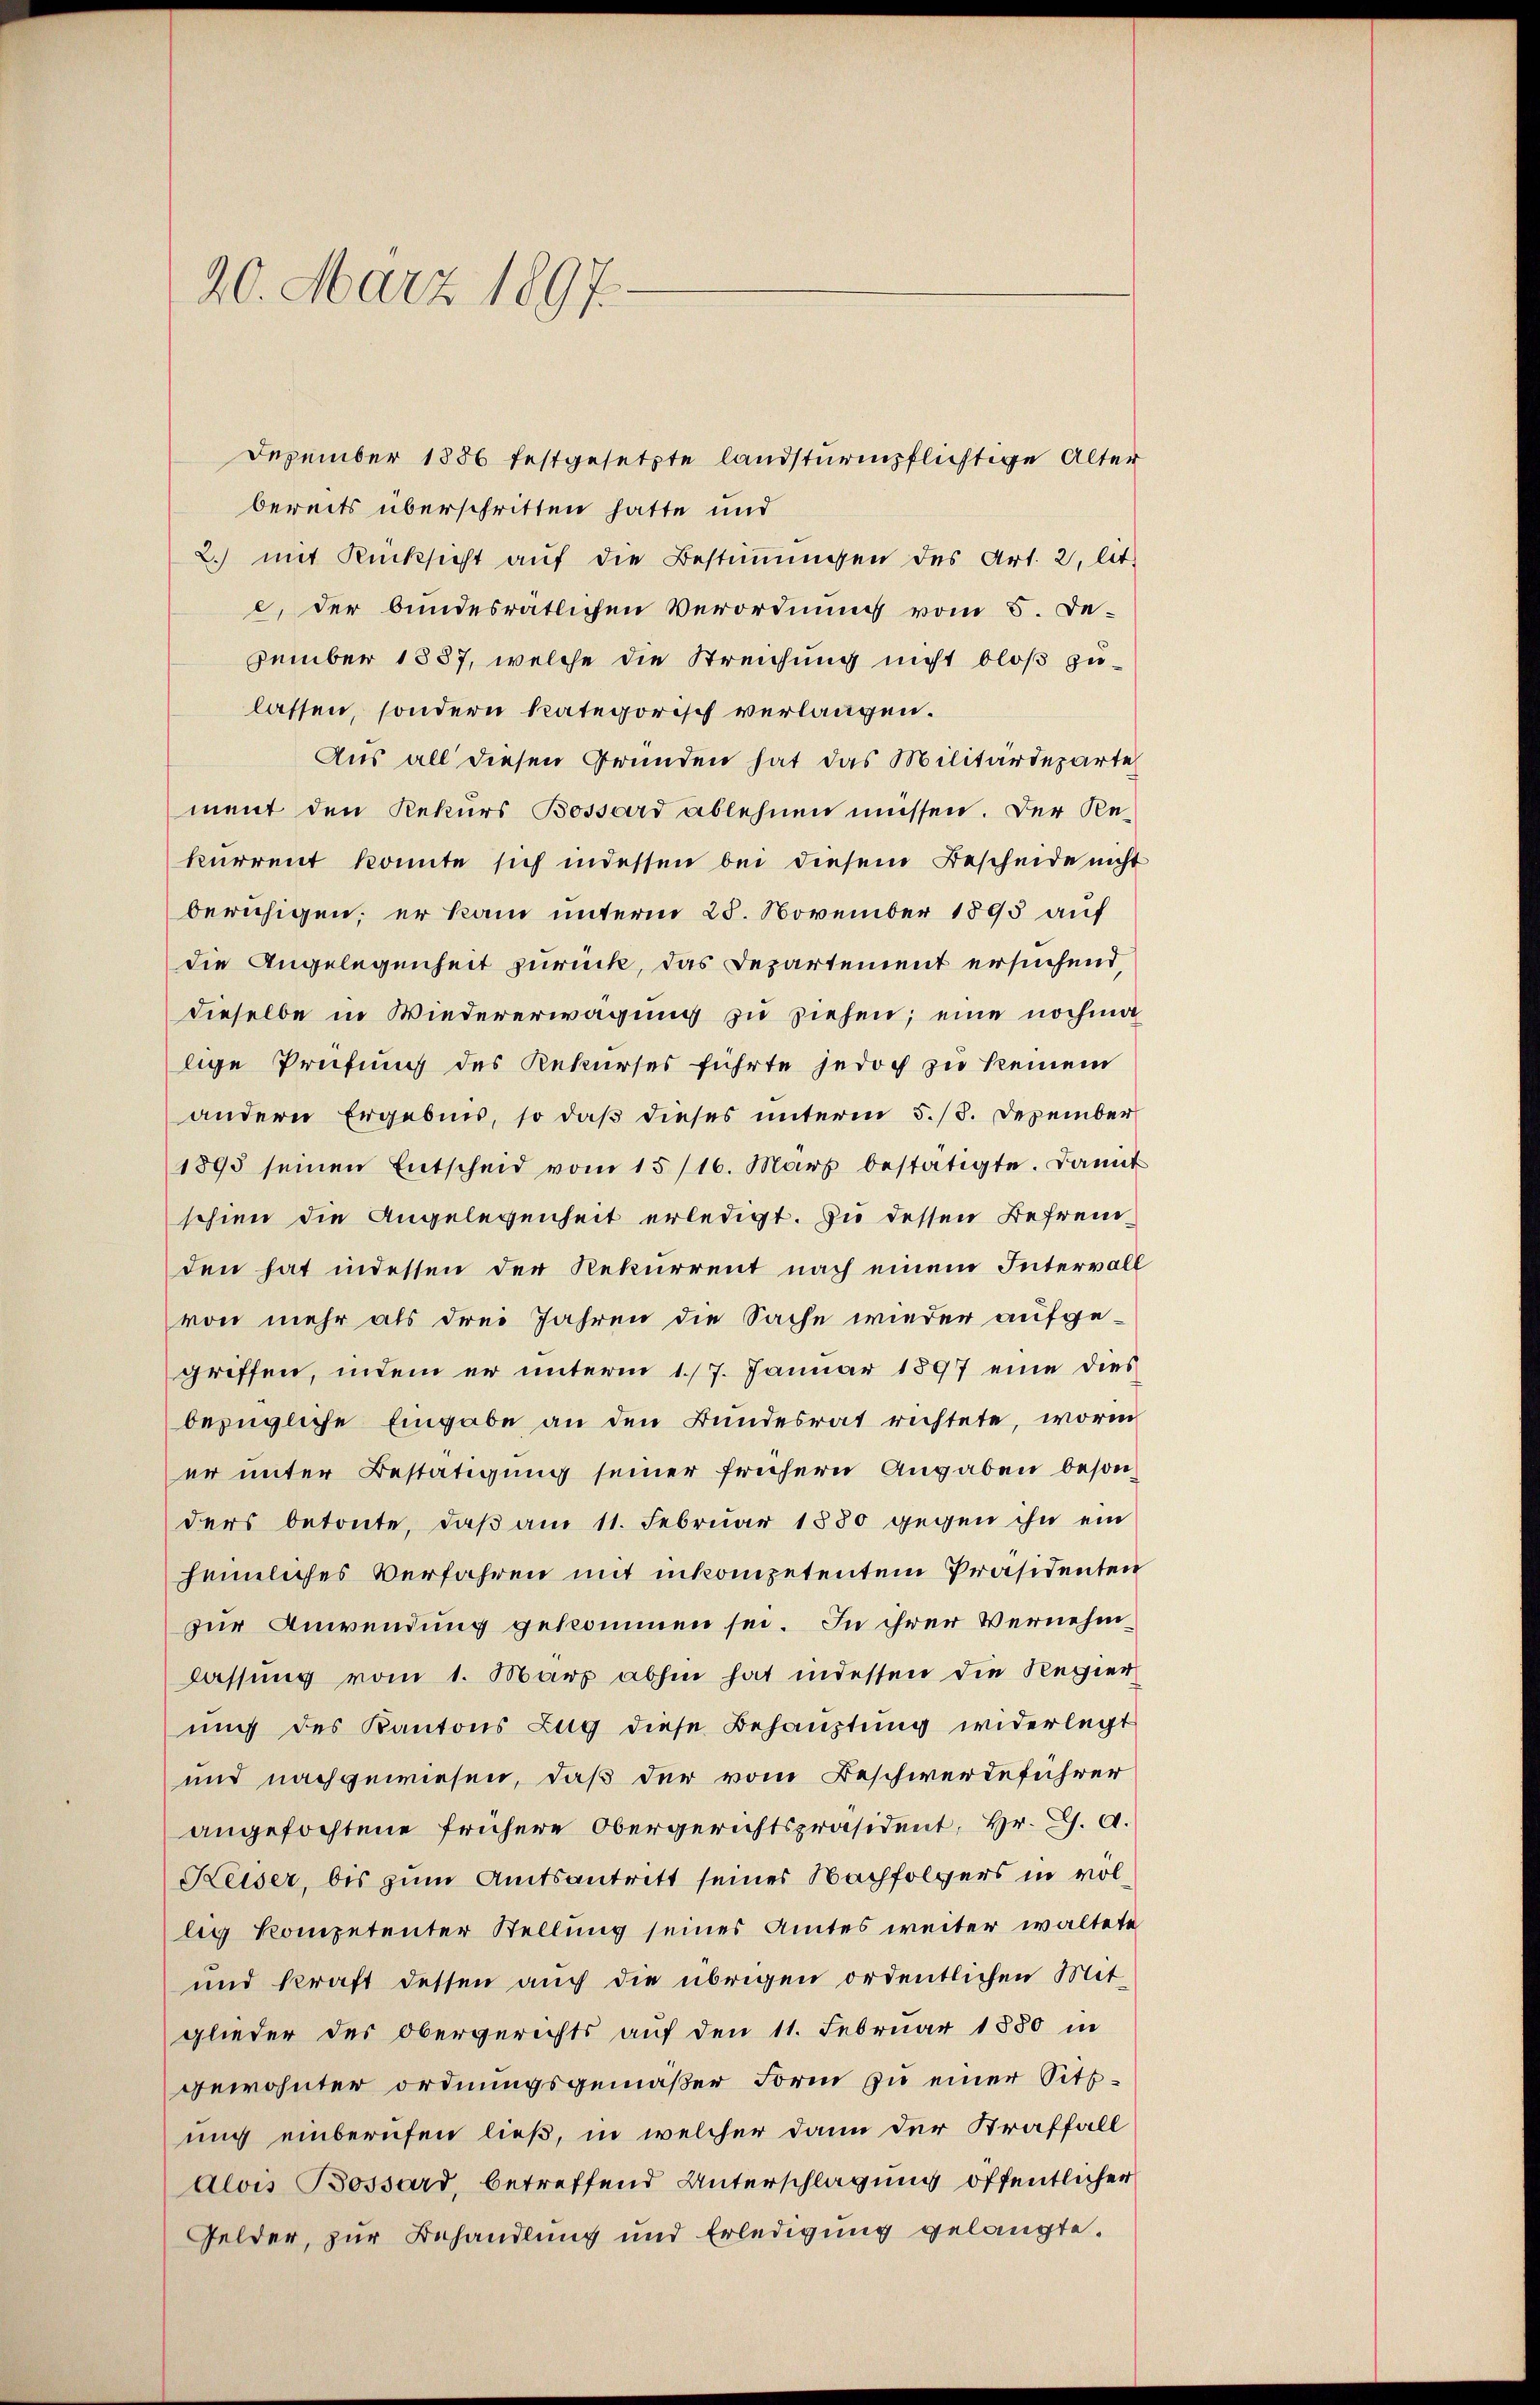
20. März 1897.

Dezember 1886 festgesetzte landsturmpflichtige Alter
bereits überschritten hatte und
2.) mit Rücksicht auf die Bestimmen des Art. 2, lt.
c, der bundesrätlichen Verordnung vom 5. De-
zember 1887, welche die Streichung nicht bloß zulassen, sondern kategorisch verlangen.
Aus all diesen Gründen hat das Militärdeparte
ment den Rekurs Bossard ablehnen müssen. Der Rekurrent konnte sich indessen bei diesem Bescheide nicht
beruhigen; er kam unterm 28. November 1895 auf
die Angelegenheit zurück, das Departement ersuchend,
dieselbe in Wiedererwägung zu ziehen; eine nochmalige Prüfung des Rekurses führte jedoch zu keinem
andern Ergebnis, so daß dieses unterm 5./8. Dezember
1895 seinen Entscheid vom 15/16. März bestätigte. Damit
schien die Angelegenheit erledigt. Zu dessen Befremden hat indessen der Rekurrent nach einem Intervall
von mehr als drei Jahren die Sache wieder aufge-
griffen, indem er unterm 17. Januar 1897 eine dies
bezügliche Eingabe an den Bundesrat richtete, worin
er unter Bestätigung seiner frühern Angaben besonders betonte, daß am 11. Februar 1880 gegen ihn ein
heimliches Verfahren mit inkompetentem Präsidenten
zur Anwendung gekommen sei. In ihrer Vernehmlassung vom 1. März abhin hat indessen die Regier
ung des Kantons Zug diese Behauptung widerlegt
und nachgewiesen, daß der vom Beschwerdeführer
angefochtene frühere Obergerichtspräsident, Hr. C. A.
Keiser, bis zum Amtsantritt seines Nachfolgers in vollig kompetenter Stellung seines Amtes weiter waltete
und kraft dessen auch die übrigen ordentlichen Mitglieder des Obergerichts auf den 11. Februar 1880 in
gewohnter ordnungsgemäßer Form zu einer Sittung einberufen ließ, in welcher dann der Straffall
Alois Bossard, betreffend Unterschlagung öffentlicher
Gelder, zur Behandlung und Erledigung gelangte.